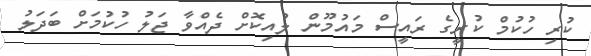
ކުރި ހުކުމް ކުރީގެ ރައީސް މައުމޫން ލުއިކޮށް ދެއްވާ ޖަލު ހުކުމަށް ބަދަލު